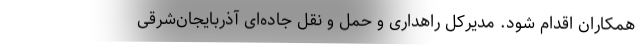
همکاران اقدام شود. مدیرکل راهداری و حمل و نقل جاده‌ای آذربایجان‌شرقی